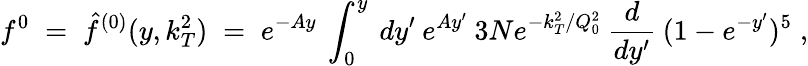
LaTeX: f^{0}\; =\; \hat{f}^{(0)}(y,k_{T}^{2})\; =\; e^{-Ay}\: \int_{0}^{y}\: dy^{\prime}\: e^{Ay^{\prime}}\: 3Ne^{-k_{T}^{2}/Q_{0}^{2}}\: \frac{d}{dy^{\prime}}\: (1-e^{-y^{\prime}})^{5}\; ,